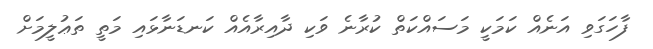
ފާހަގަވި އަނެއް ކަމަކީ މަސައްކަތް ކުރާނެ ވަކި ދާއިރާއެއް ކަނޑަނާޅައި މަތީ ތަޢުލީމަށް